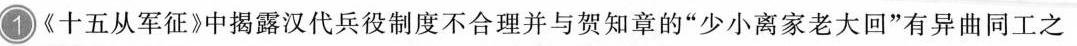
1《十五从军征》中揭露汉代兵役制度不合理并与贺知章的”少小离家老大回”有异曲同工之